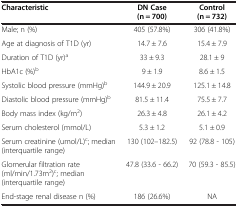
| Characteristic | DN Case (n = 700) | Control (n = 732) |
 | --- | --- | --- |
 | Male; n (%) | 405 (57.8%) | 306 (41.8%) |
 | Age at diagnosis of T1D (yr) | 14.7 ± 7.6 | 15.4 ± 7.9 |
 | Duration of T1D (yr)a | 33 ± 9.3 | 28.1 ± 9 |
 | HbA1c (%)b | 9 ± 1.9 | 8.6 ± 1.5 |
 | Systolic blood pressure (mmHg)b | 144.9 ± 20.9 | 125.1 ± 14.8 |
 | Diastolic blood pressure (mmHg)b | 81.5 ± 11.4 | 75.5 ± 7.7 |
 | Body mass index (kg/m2) | 26.3 ± 4.8 | 26.1 ± 4.2 |
 | Serum cholesterol (mmol/L) | 5.3 ± 1.2 | 5.1 ± 0.9 |
 | Serum creatinine (umol/L)c; median (interquartile range) | 130 (102–182.5) | 92 (78.8 - 105) |
 | Glomerular filtration rate (ml/min/1.73m2)c; median (interquartile range) | 47.8 (33.6 - 66.2) | 70 (59.3 - 85.5) |
 | End-stage renal disease n (%) | 186 (26.6%) | NA |